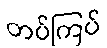
တပ်ကြပ်